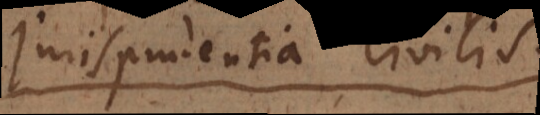
jurisprudentia civilis